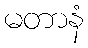
မတာနံ